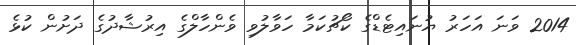
2014 ވަނަ އަހަރު ޔުނައިޓެޑްގެ ކޯޗުކަމާ ހަވާލުވި ވެންހާލްގެ އިރުޝާދުގެ ދަށުން ކުޅެ